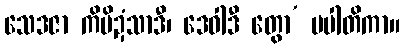
သေဒဇာ ကိမိဍံသာဒီ၊ ဒေဝါဒီ တွော’ ပပါတိကာ။